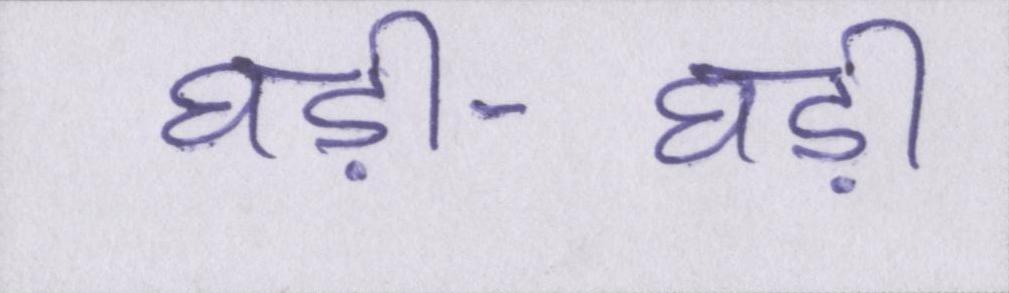
घड़ी-घड़ी